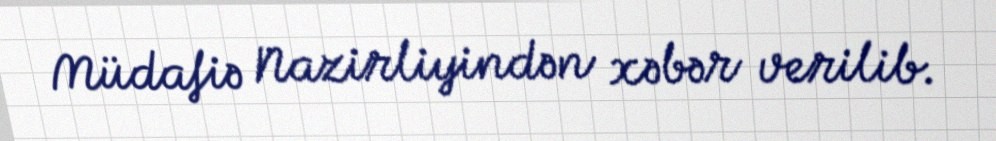
Müdafiə Nazirliyindən xəbər verilib.